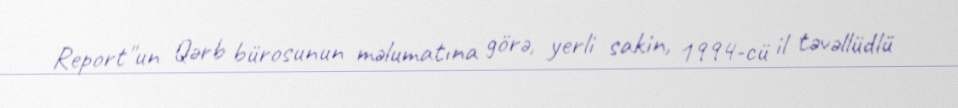
Report"un Qərb bürosunun məlumatına görə, yerli sakin, 1994-cü il təvəllüdlü